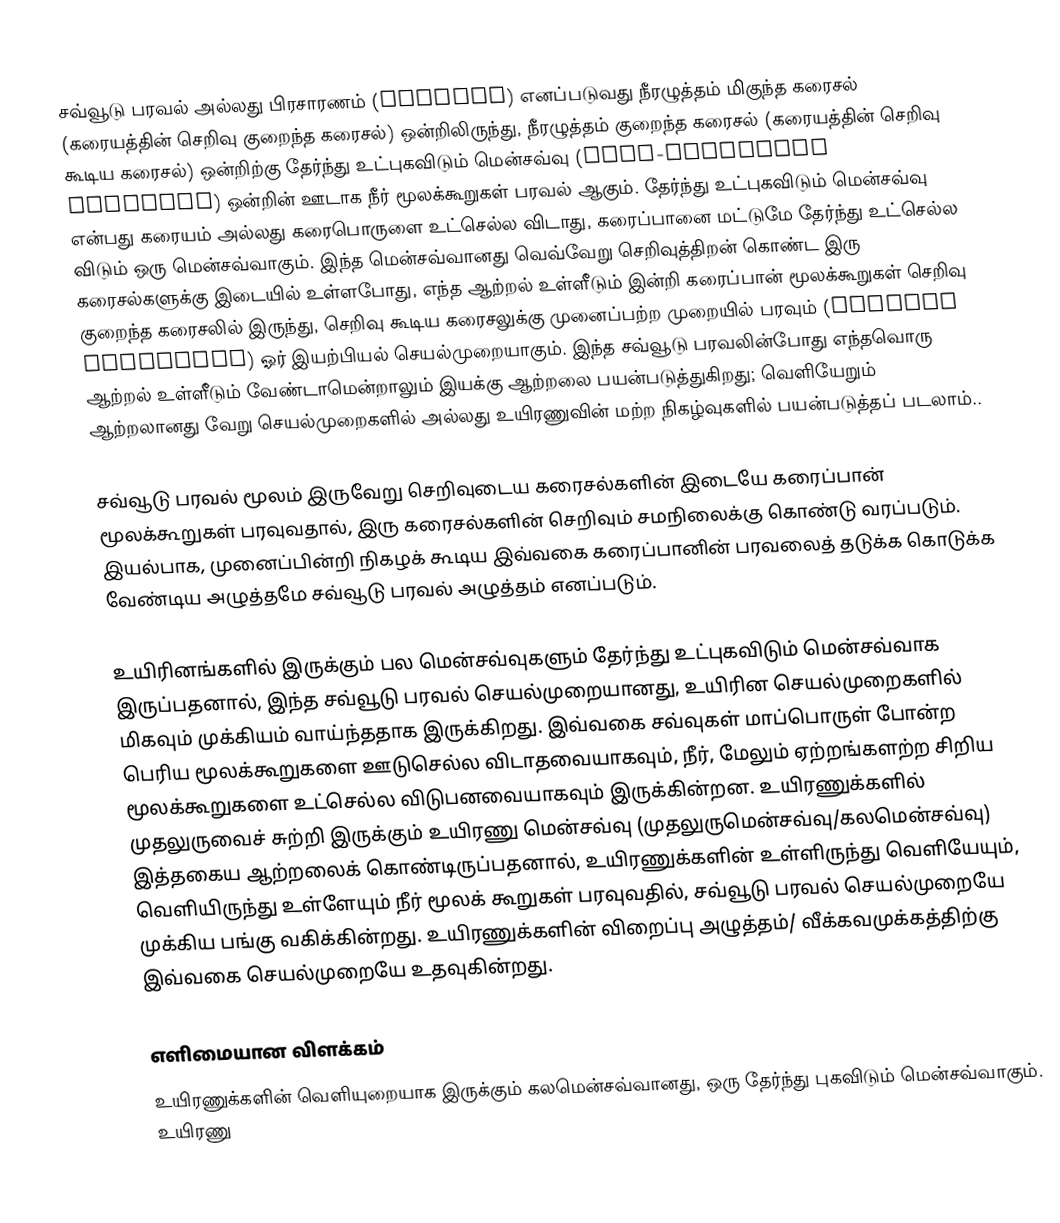
சவ்வூடு பரவல் அல்லது பிரசாரணம் (Osmosis) எனப்படுவது நீரழுத்தம் மிகுந்த கரைசல் (கரையத்தின் செறிவு குறைந்த கரைசல்) ஒன்றிலிருந்து, நீரழுத்தம் குறைந்த கரைசல் (கரையத்தின் செறிவு கூடிய கரைசல்) ஒன்றிற்கு தேர்ந்து உட்புகவிடும் மென்சவ்வு (semi-permeable membrane) ஒன்றின் ஊடாக நீர் மூலக்கூறுகள் பரவல் ஆகும். தேர்ந்து உட்புகவிடும் மென்சவ்வு என்பது கரையம் அல்லது கரைபொருளை உட்செல்ல விடாது, கரைப்பானை மட்டுமே தேர்ந்து உட்செல்ல விடும் ஒரு மென்சவ்வாகும். இந்த மென்சவ்வானது வெவ்வேறு செறிவுத்திறன் கொண்ட இரு கரைசல்களுக்கு இடையில் உள்ளபோது, எந்த ஆற்றல் உள்ளீடும் இன்றி கரைப்பான் மூலக்கூறுகள் செறிவு குறைந்த கரைசலில் இருந்து, செறிவு கூடிய கரைசலுக்கு முனைப்பற்ற முறையில் பரவும் (passive diffusion) ஓர் இயற்பியல் செயல்முறையாகும். இந்த சவ்வூடு பரவலின்போது எந்தவொரு ஆற்றல் உள்ளீடும் வேண்டாமென்றாலும் இயக்கு ஆற்றலை பயன்படுத்துகிறது; வெளியேறும் ஆற்றலானது வேறு செயல்முறைகளில் அல்லது உயிரணுவின் மற்ற நிகழ்வுகளில் பயன்படுத்தப் படலாம்..

சவ்வூடு பரவல் மூலம் இருவேறு செறிவுடைய கரைசல்களின் இடையே கரைப்பான் மூலக்கூறுகள் பரவுவதால், இரு கரைசல்களின் செறிவும் சமநிலைக்கு கொண்டு வரப்படும். இயல்பாக, முனைப்பின்றி நிகழக் கூடிய இவ்வகை கரைப்பானின் பரவலைத் தடுக்க கொடுக்க வேண்டிய அழுத்தமே சவ்வூடு பரவல் அழுத்தம் எனப்படும்.

உயிரினங்களில் இருக்கும் பல மென்சவ்வுகளும் தேர்ந்து உட்புகவிடும் மென்சவ்வாக இருப்பதனால், இந்த சவ்வூடு பரவல் செயல்முறையானது, உயிரின செயல்முறைகளில் மிகவும் முக்கியம் வாய்ந்ததாக இருக்கிறது. இவ்வகை சவ்வுகள் மாப்பொருள் போன்ற பெரிய மூலக்கூறுகளை ஊடுசெல்ல விடாதவையாகவும், நீர், மேலும் ஏற்றங்களற்ற சிறிய மூலக்கூறுகளை உட்செல்ல விடுபனவையாகவும் இருக்கின்றன. உயிரணுக்களில் முதலுருவைச் சுற்றி இருக்கும் உயிரணு மென்சவ்வு (முதலுருமென்சவ்வு/கலமென்சவ்வு) இத்தகைய ஆற்றலைக் கொண்டிருப்பதனால், உயிரணுக்களின் உள்ளிருந்து வெளியேயும், வெளியிருந்து உள்ளேயும் நீர் மூலக் கூறுகள் பரவுவதில், சவ்வூடு பரவல் செயல்முறையே முக்கிய பங்கு வகிக்கின்றது. உயிரணுக்களின் விறைப்பு அழுத்தம்/ வீக்கவமுக்கத்திற்கு இவ்வகை செயல்முறையே உதவுகின்றது.

எளிமையான விளக்கம்
உயிரணுக்களின் வெளியுறையாக இருக்கும் கலமென்சவ்வானது, ஒரு தேர்ந்து புகவிடும் மென்சவ்வாகும். உயிரணு